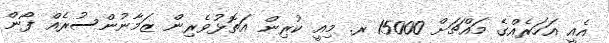
އެއީ އަހަރެއްގެ މައްޗަށް 15000 ރ. މިއީ ކުރިން އަތޮޅުވެރިން ޒަމާނުންސުރެއް ފޯން